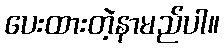
ပေးထားတဲ့နာမည်ပါ။